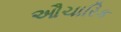
ઔચારિક